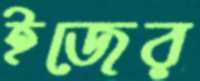
ইজের